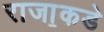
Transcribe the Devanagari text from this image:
राजा॒कडे